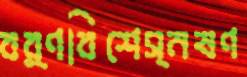
বর্ণবিশেস্নষণ